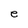
Character: e